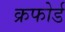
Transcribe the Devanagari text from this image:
क्रफोर्ड